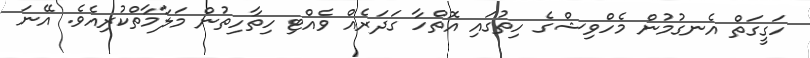
ހަގީގަތް އެނގުމުން މެހްވިޝްގެ ހިތުގައި އޮތްހާ ގަދަރެއް ވެއްޓި ހިތާހިތުން މަލާމާތްކުރިއެވެ. އޭނަ